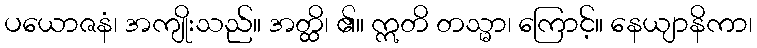
ပယောဇနံ၊ အကျိုးသည်။ အတ္ထိ၊ ၏။ ဣတိ တသ္မာ၊ ကြောင့်။ နေယျာနိကာ၊